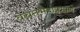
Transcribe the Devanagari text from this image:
वचनभेदाप्रमाणे